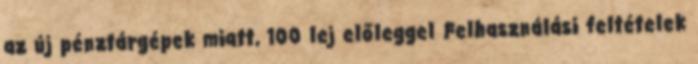
az új pénztárgépek miatt, 100 lej előleggel Felhasználási feltételek